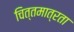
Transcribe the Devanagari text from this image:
चित्तमात्रता